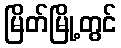
မြိတ်မြို့တွင်